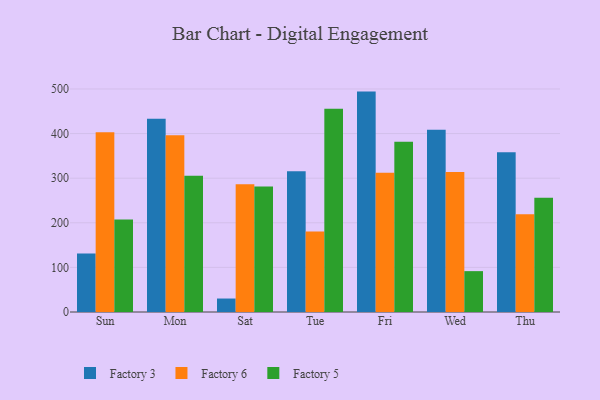
{"axis": {"x": "Day", "y": "Humidity (%)"}, "legend": ["Factory 3", "Factory 5", "Factory 6"], "data": [{"x": "Sun", "y": 131.4, "type": "Factory 3"}, {"x": "Sun", "y": 402.7, "type": "Factory 6"}, {"x": "Sun", "y": 207.3, "type": "Factory 5"}, {"x": "Mon", "y": 433.5, "type": "Factory 3"}, {"x": "Mon", "y": 396.4, "type": "Factory 6"}, {"x": "Mon", "y": 305.7, "type": "Factory 5"}, {"x": "Sat", "y": 30.2, "type": "Factory 3"}, {"x": "Sat", "y": 286.3, "type": "Factory 6"}, {"x": "Sat", "y": 281.3, "type": "Factory 5"}, {"x": "Tue", "y": 315.7, "type": "Factory 3"}, {"x": "Tue", "y": 180.2, "type": "Factory 6"}, {"x": "Tue", "y": 455.8, "type": "Factory 5"}, {"x": "Fri", "y": 494.1, "type": "Factory 3"}, {"x": "Fri", "y": 312.2, "type": "Factory 6"}, {"x": "Fri", "y": 381.8, "type": "Factory 5"}, {"x": "Wed", "y": 408.4, "type": "Factory 3"}, {"x": "Wed", "y": 313.8, "type": "Factory 6"}, {"x": "Wed", "y": 91.6, "type": "Factory 5"}, {"x": "Thu", "y": 358.2, "type": "Factory 3"}, {"x": "Thu", "y": 219.1, "type": "Factory 6"}, {"x": "Thu", "y": 256.1, "type": "Factory 5"}]}